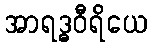
အာရဒ္ဓဝီရိယေ